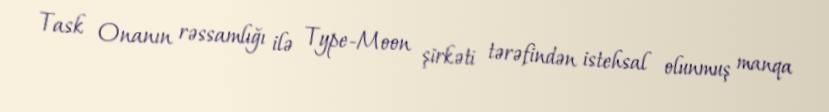
Task Onanın rəssamlığı ilə Type-Moon şirkəti tərəfindən istehsal olunmuş manqa